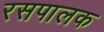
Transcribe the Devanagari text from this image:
रसपालक